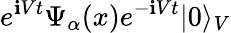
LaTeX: e^{\mathbf{i}Vt}\Psi_{\alpha}(x)e^{-\mathbf{i}Vt}\rvert0\rangle_{V}